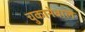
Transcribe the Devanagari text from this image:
चुकानेवाले